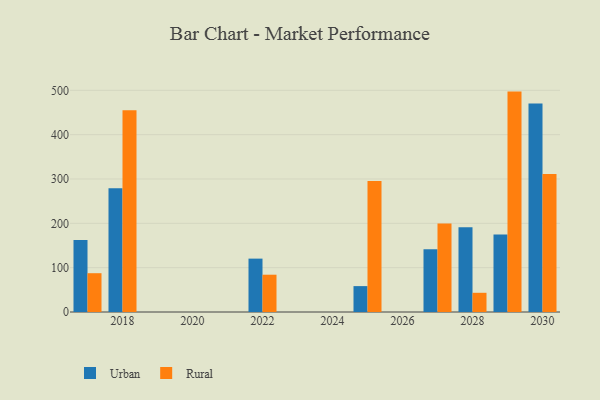
{"axis": {"x": "Year", "y": "Latency (ms)"}, "legend": ["Rural", "Urban"], "data": [{"x": "2022", "y": 120.4, "type": "Urban"}, {"x": "2022", "y": 84.1, "type": "Rural"}, {"x": "2029", "y": 175.0, "type": "Urban"}, {"x": "2029", "y": 497.1, "type": "Rural"}, {"x": "2028", "y": 191.1, "type": "Urban"}, {"x": "2028", "y": 43.3, "type": "Rural"}, {"x": "2030", "y": 470.4, "type": "Urban"}, {"x": "2030", "y": 311.2, "type": "Rural"}, {"x": "2025", "y": 58.4, "type": "Urban"}, {"x": "2025", "y": 295.7, "type": "Rural"}, {"x": "2018", "y": 278.9, "type": "Urban"}, {"x": "2018", "y": 455.0, "type": "Rural"}, {"x": "2017", "y": 162.6, "type": "Urban"}, {"x": "2017", "y": 87.5, "type": "Rural"}, {"x": "2027", "y": 141.5, "type": "Urban"}, {"x": "2027", "y": 199.5, "type": "Rural"}]}